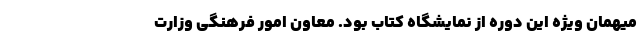
میهمان ویژه این دوره از نمایشگاه کتاب بود. معاون امور فرهنگی وزارت